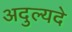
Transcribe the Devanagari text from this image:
अदुल्यदे